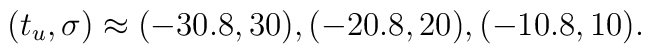
(t_u, \sigma) \approx (-30.8, 30), (-20.8, 20), ( -10.8,  10).